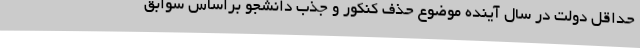
حداقل دولت در سال آینده موضوع حذف کنکور و جذب دانشجو براساس سوابق